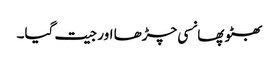
بھٹو پھانسی چڑھا اور جیت گیا۔